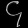
Digit: ၄